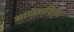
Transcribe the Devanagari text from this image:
आच्छादित।